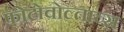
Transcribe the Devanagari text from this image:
फोटोवोल्ताच्स